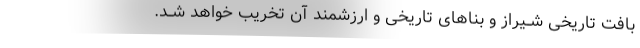
بافت تاریخی شــیراز و بناهای تاریخی و ارزشمند آن تخریب خواهد شــد.